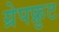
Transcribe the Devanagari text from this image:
ग्रेपफ्रुट